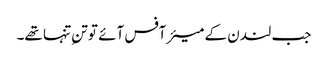
جب لندن کے میئر آفس آئے تو تنِ تنہا تھے۔